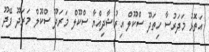
އަތޮޅު މަދަރުސާ ހިތަދޫ ސްކޫލް އިރުޝާދިއްޔާ ސްކޫލް މަރަދޫ ސްކޫލް މަރަދޫ ފޭދޫ